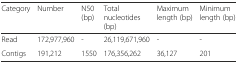
<table><thead><tr><td><b>Category</b></td><td><b>Number</b></td><td><b>N50 (bp)</b></td><td><b>Total nucleotides (bp)</b></td><td><b>Maximum length (bp)</b></td><td><b>Minimum length (bp)</b></td></tr></thead><tbody><tr><td>Read</td><td>172,977,960</td><td>-</td><td>26,119,671,960</td><td>-</td><td>-</td></tr><tr><td>Contigs</td><td>191,212</td><td>1550</td><td>176,356,262</td><td>36,127</td><td>201</td></tr></tbody></table>